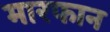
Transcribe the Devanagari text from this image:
मारफान